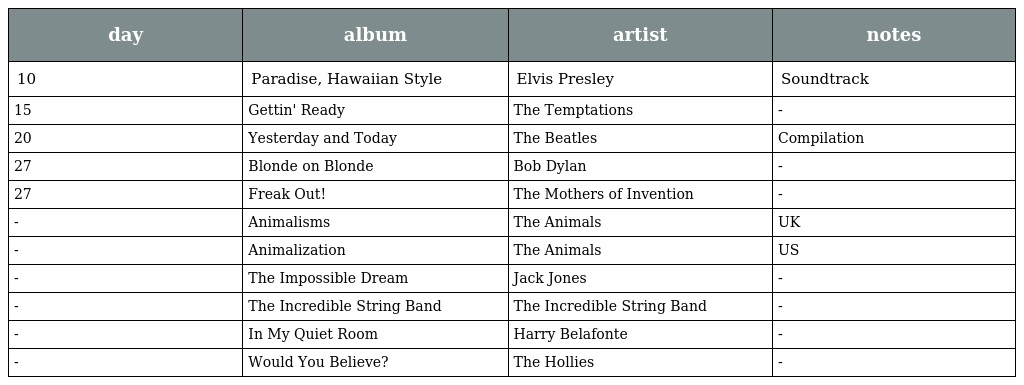
| day | album | artist | notes |
 | --- | --- | --- | --- |
 | 10 | Paradise, Hawaiian Style | Elvis Presley | Soundtrack |
 | 15 | Gettin' Ready | The Temptations | - |
 | 20 | Yesterday and Today | The Beatles | Compilation |
 | 27 | Blonde on Blonde | Bob Dylan | - |
 | 27 | Freak Out! | The Mothers of Invention | - |
 | - | Animalisms | The Animals | UK |
 | - | Animalization | The Animals | US |
 | - | The Impossible Dream | Jack Jones | - |
 | - | The Incredible String Band | The Incredible String Band | - |
 | - | In My Quiet Room | Harry Belafonte | - |
 | - | Would You Believe? | The Hollies | - |